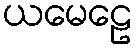
ယမေဠေ